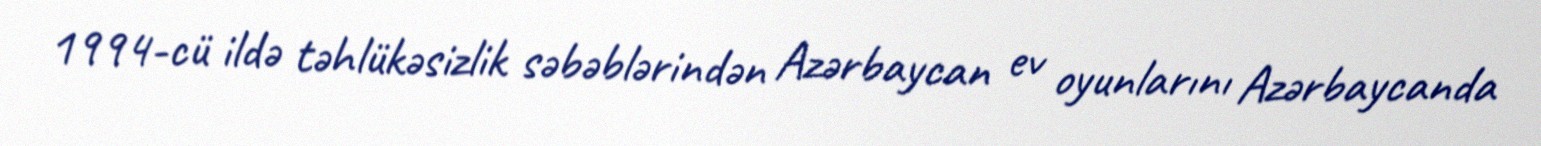
1994-cü ildə təhlükəsizlik səbəblərindən Azərbaycan ev oyunlarını Azərbaycanda